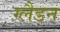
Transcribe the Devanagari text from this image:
ग्लैडन